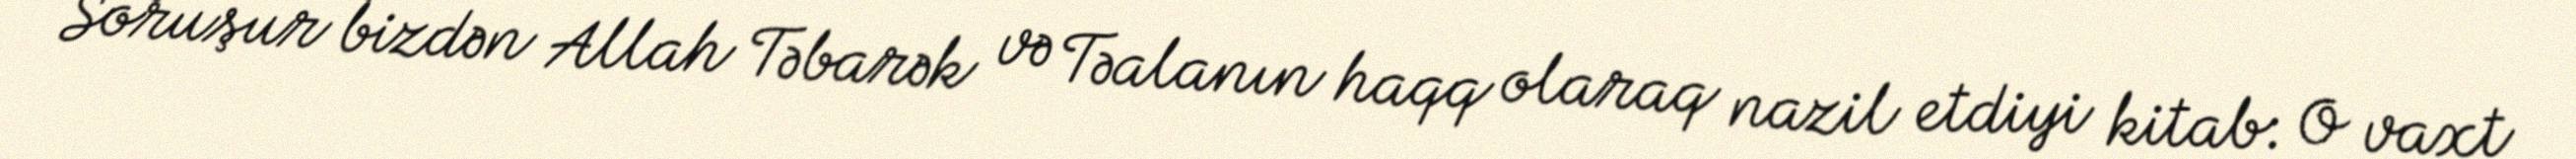
Soruşur bizdən Allah Təbarək və Təalanın haqq olaraq nazil etdiyi kitab: O vaxt